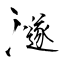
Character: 澻